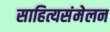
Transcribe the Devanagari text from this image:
साहित्यसंमेलन